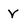
Character: V